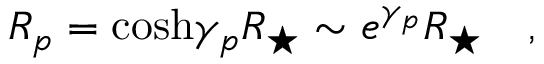
R _ { p } = \cosh \! \gamma _ { p } R _ { \star } \sim e ^ { \gamma _ { p } } R _ { \star } \quad ,